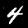
Label: 4